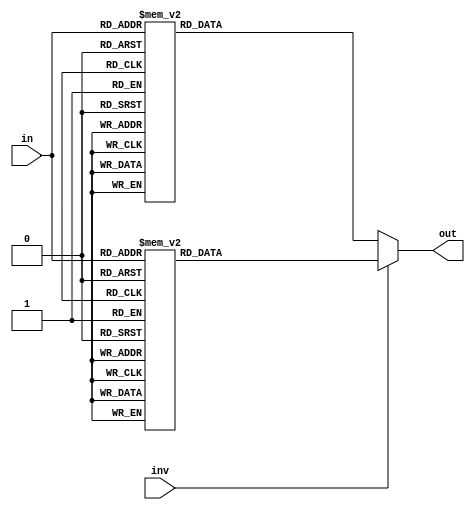

module aes_sbox(
input  wire [7:0] in    ,   // Input byte
input  wire       inv   ,   // Perform inverse (set) or forward lookup
output wire [7:0] out       // Output byte
);

reg  [7:0] out_fwd;
reg  [7:0] out_inv;

assign out = inv ? out_inv : out_fwd;

always @(*) begin
    case(in)
        0  : out_fwd = 8'h63;
        1  : out_fwd = 8'h7c;
        2  : out_fwd = 8'h77;
        3  : out_fwd = 8'h7b;
        4  : out_fwd = 8'hf2;
        5  : out_fwd = 8'h6b;
        6  : out_fwd = 8'h6f;
        7  : out_fwd = 8'hc5;
        8  : out_fwd = 8'h30;
        9  : out_fwd = 8'h01;
        10 : out_fwd = 8'h67;
        11 : out_fwd = 8'h2b;
        12 : out_fwd = 8'hfe;
        13 : out_fwd = 8'hd7;
        14 : out_fwd = 8'hab;
        15 : out_fwd = 8'h76;
        16 : out_fwd = 8'hca;
        17 : out_fwd = 8'h82;
        18 : out_fwd = 8'hc9;
        19 : out_fwd = 8'h7d;
        20 : out_fwd = 8'hfa;
        21 : out_fwd = 8'h59;
        22 : out_fwd = 8'h47;
        23 : out_fwd = 8'hf0;
        24 : out_fwd = 8'had;
        25 : out_fwd = 8'hd4;
        26 : out_fwd = 8'ha2;
        27 : out_fwd = 8'haf;
        28 : out_fwd = 8'h9c;
        29 : out_fwd = 8'ha4;
        30 : out_fwd = 8'h72;
        31 : out_fwd = 8'hc0;
        32 : out_fwd = 8'hb7;
        33 : out_fwd = 8'hfd;
        34 : out_fwd = 8'h93;
        35 : out_fwd = 8'h26;
        36 : out_fwd = 8'h36;
        37 : out_fwd = 8'h3f;
        38 : out_fwd = 8'hf7;
        39 : out_fwd = 8'hcc;
        40 : out_fwd = 8'h34;
        41 : out_fwd = 8'ha5;
        42 : out_fwd = 8'he5;
        43 : out_fwd = 8'hf1;
        44 : out_fwd = 8'h71;
        45 : out_fwd = 8'hd8;
        46 : out_fwd = 8'h31;
        47 : out_fwd = 8'h15;
        48 : out_fwd = 8'h04;
        49 : out_fwd = 8'hc7;
        50 : out_fwd = 8'h23;
        51 : out_fwd = 8'hc3;
        52 : out_fwd = 8'h18;
        53 : out_fwd = 8'h96;
        54 : out_fwd = 8'h05;
        55 : out_fwd = 8'h9a;
        56 : out_fwd = 8'h07;
        57 : out_fwd = 8'h12;
        58 : out_fwd = 8'h80;
        59 : out_fwd = 8'he2;
        60 : out_fwd = 8'heb;
        61 : out_fwd = 8'h27;
        62 : out_fwd = 8'hb2;
        63 : out_fwd = 8'h75;
        64 : out_fwd = 8'h09;
        65 : out_fwd = 8'h83;
        66 : out_fwd = 8'h2c;
        67 : out_fwd = 8'h1a;
        68 : out_fwd = 8'h1b;
        69 : out_fwd = 8'h6e;
        70 : out_fwd = 8'h5a;
        71 : out_fwd = 8'ha0;
        72 : out_fwd = 8'h52;
        73 : out_fwd = 8'h3b;
        74 : out_fwd = 8'hd6;
        75 : out_fwd = 8'hb3;
        76 : out_fwd = 8'h29;
        77 : out_fwd = 8'he3;
        78 : out_fwd = 8'h2f;
        79 : out_fwd = 8'h84;
        80 : out_fwd = 8'h53;
        81 : out_fwd = 8'hd1;
        82 : out_fwd = 8'h00;
        83 : out_fwd = 8'hed;
        84 : out_fwd = 8'h20;
        85 : out_fwd = 8'hfc;
        86 : out_fwd = 8'hb1;
        87 : out_fwd = 8'h5b;
        88 : out_fwd = 8'h6a;
        89 : out_fwd = 8'hcb;
        90 : out_fwd = 8'hbe;
        91 : out_fwd = 8'h39;
        92 : out_fwd = 8'h4a;
        93 : out_fwd = 8'h4c;
        94 : out_fwd = 8'h58;
        95 : out_fwd = 8'hcf;
        96 : out_fwd = 8'hd0;
        97 : out_fwd = 8'hef;
        98 : out_fwd = 8'haa;
        99 : out_fwd = 8'hfb;
        100: out_fwd = 8'h43;
        101: out_fwd = 8'h4d;
        102: out_fwd = 8'h33;
        103: out_fwd = 8'h85;
        104: out_fwd = 8'h45;
        105: out_fwd = 8'hf9;
        106: out_fwd = 8'h02;
        107: out_fwd = 8'h7f;
        108: out_fwd = 8'h50;
        109: out_fwd = 8'h3c;
        110: out_fwd = 8'h9f;
        111: out_fwd = 8'ha8;
        112: out_fwd = 8'h51;
        113: out_fwd = 8'ha3;
        114: out_fwd = 8'h40;
        115: out_fwd = 8'h8f;
        116: out_fwd = 8'h92;
        117: out_fwd = 8'h9d;
        118: out_fwd = 8'h38;
        119: out_fwd = 8'hf5;
        120: out_fwd = 8'hbc;
        121: out_fwd = 8'hb6;
        122: out_fwd = 8'hda;
        123: out_fwd = 8'h21;
        124: out_fwd = 8'h10;
        125: out_fwd = 8'hff;
        126: out_fwd = 8'hf3;
        127: out_fwd = 8'hd2;
        128: out_fwd = 8'hcd;
        129: out_fwd = 8'h0c;
        130: out_fwd = 8'h13;
        131: out_fwd = 8'hec;
        132: out_fwd = 8'h5f;
        133: out_fwd = 8'h97;
        134: out_fwd = 8'h44;
        135: out_fwd = 8'h17;
        136: out_fwd = 8'hc4;
        137: out_fwd = 8'ha7;
        138: out_fwd = 8'h7e;
        139: out_fwd = 8'h3d;
        140: out_fwd = 8'h64;
        141: out_fwd = 8'h5d;
        142: out_fwd = 8'h19;
        143: out_fwd = 8'h73;
        144: out_fwd = 8'h60;
        145: out_fwd = 8'h81;
        146: out_fwd = 8'h4f;
        147: out_fwd = 8'hdc;
        148: out_fwd = 8'h22;
        149: out_fwd = 8'h2a;
        150: out_fwd = 8'h90;
        151: out_fwd = 8'h88;
        152: out_fwd = 8'h46;
        153: out_fwd = 8'hee;
        154: out_fwd = 8'hb8;
        155: out_fwd = 8'h14;
        156: out_fwd = 8'hde;
        157: out_fwd = 8'h5e;
        158: out_fwd = 8'h0b;
        159: out_fwd = 8'hdb;
        160: out_fwd = 8'he0;
        161: out_fwd = 8'h32;
        162: out_fwd = 8'h3a;
        163: out_fwd = 8'h0a;
        164: out_fwd = 8'h49;
        165: out_fwd = 8'h06;
        166: out_fwd = 8'h24;
        167: out_fwd = 8'h5c;
        168: out_fwd = 8'hc2;
        169: out_fwd = 8'hd3;
        170: out_fwd = 8'hac;
        171: out_fwd = 8'h62;
        172: out_fwd = 8'h91;
        173: out_fwd = 8'h95;
        174: out_fwd = 8'he4;
        175: out_fwd = 8'h79;
        176: out_fwd = 8'he7;
        177: out_fwd = 8'hc8;
        178: out_fwd = 8'h37;
        179: out_fwd = 8'h6d;
        180: out_fwd = 8'h8d;
        181: out_fwd = 8'hd5;
        182: out_fwd = 8'h4e;
        183: out_fwd = 8'ha9;
        184: out_fwd = 8'h6c;
        185: out_fwd = 8'h56;
        186: out_fwd = 8'hf4;
        187: out_fwd = 8'hea;
        188: out_fwd = 8'h65;
        189: out_fwd = 8'h7a;
        190: out_fwd = 8'hae;
        191: out_fwd = 8'h08;
        192: out_fwd = 8'hba;
        193: out_fwd = 8'h78;
        194: out_fwd = 8'h25;
        195: out_fwd = 8'h2e;
        196: out_fwd = 8'h1c;
        197: out_fwd = 8'ha6;
        198: out_fwd = 8'hb4;
        199: out_fwd = 8'hc6;
        200: out_fwd = 8'he8;
        201: out_fwd = 8'hdd;
        202: out_fwd = 8'h74;
        203: out_fwd = 8'h1f;
        204: out_fwd = 8'h4b;
        205: out_fwd = 8'hbd;
        206: out_fwd = 8'h8b;
        207: out_fwd = 8'h8a;
        208: out_fwd = 8'h70;
        209: out_fwd = 8'h3e;
        210: out_fwd = 8'hb5;
        211: out_fwd = 8'h66;
        212: out_fwd = 8'h48;
        213: out_fwd = 8'h03;
        214: out_fwd = 8'hf6;
        215: out_fwd = 8'h0e;
        216: out_fwd = 8'h61;
        217: out_fwd = 8'h35;
        218: out_fwd = 8'h57;
        219: out_fwd = 8'hb9;
        220: out_fwd = 8'h86;
        221: out_fwd = 8'hc1;
        222: out_fwd = 8'h1d;
        223: out_fwd = 8'h9e;
        224: out_fwd = 8'he1;
        225: out_fwd = 8'hf8;
        226: out_fwd = 8'h98;
        227: out_fwd = 8'h11;
        228: out_fwd = 8'h69;
        229: out_fwd = 8'hd9;
        230: out_fwd = 8'h8e;
        231: out_fwd = 8'h94;
        232: out_fwd = 8'h9b;
        233: out_fwd = 8'h1e;
        234: out_fwd = 8'h87;
        235: out_fwd = 8'he9;
        236: out_fwd = 8'hce;
        237: out_fwd = 8'h55;
        238: out_fwd = 8'h28;
        239: out_fwd = 8'hdf;
        240: out_fwd = 8'h8c;
        241: out_fwd = 8'ha1;
        242: out_fwd = 8'h89;
        243: out_fwd = 8'h0d;
        244: out_fwd = 8'hbf;
        245: out_fwd = 8'he6;
        246: out_fwd = 8'h42;
        247: out_fwd = 8'h68;
        248: out_fwd = 8'h41;
        249: out_fwd = 8'h99;
        250: out_fwd = 8'h2d;
        251: out_fwd = 8'h0f;
        252: out_fwd = 8'hb0;
        253: out_fwd = 8'h54;
        254: out_fwd = 8'hbb;
        255: out_fwd = 8'h16;
    endcase
end


always @(*) begin
    case(in)
        0  : out_inv = 8'h52;
        1  : out_inv = 8'h09;
        2  : out_inv = 8'h6a;
        3  : out_inv = 8'hd5;
        4  : out_inv = 8'h30;
        5  : out_inv = 8'h36;
        6  : out_inv = 8'ha5;
        7  : out_inv = 8'h38;
        8  : out_inv = 8'hbf;
        9  : out_inv = 8'h40;
        10 : out_inv = 8'ha3;
        11 : out_inv = 8'h9e;
        12 : out_inv = 8'h81;
        13 : out_inv = 8'hf3;
        14 : out_inv = 8'hd7;
        15 : out_inv = 8'hfb;
        16 : out_inv = 8'h7c;
        17 : out_inv = 8'he3;
        18 : out_inv = 8'h39;
        19 : out_inv = 8'h82;
        20 : out_inv = 8'h9b;
        21 : out_inv = 8'h2f;
        22 : out_inv = 8'hff;
        23 : out_inv = 8'h87;
        24 : out_inv = 8'h34;
        25 : out_inv = 8'h8e;
        26 : out_inv = 8'h43;
        27 : out_inv = 8'h44;
        28 : out_inv = 8'hc4;
        29 : out_inv = 8'hde;
        30 : out_inv = 8'he9;
        31 : out_inv = 8'hcb;
        32 : out_inv = 8'h54;
        33 : out_inv = 8'h7b;
        34 : out_inv = 8'h94;
        35 : out_inv = 8'h32;
        36 : out_inv = 8'ha6;
        37 : out_inv = 8'hc2;
        38 : out_inv = 8'h23;
        39 : out_inv = 8'h3d;
        40 : out_inv = 8'hee;
        41 : out_inv = 8'h4c;
        42 : out_inv = 8'h95;
        43 : out_inv = 8'h0b;
        44 : out_inv = 8'h42;
        45 : out_inv = 8'hfa;
        46 : out_inv = 8'hc3;
        47 : out_inv = 8'h4e;
        48 : out_inv = 8'h08;
        49 : out_inv = 8'h2e;
        50 : out_inv = 8'ha1;
        51 : out_inv = 8'h66;
        52 : out_inv = 8'h28;
        53 : out_inv = 8'hd9;
        54 : out_inv = 8'h24;
        55 : out_inv = 8'hb2;
        56 : out_inv = 8'h76;
        57 : out_inv = 8'h5b;
        58 : out_inv = 8'ha2;
        59 : out_inv = 8'h49;
        60 : out_inv = 8'h6d;
        61 : out_inv = 8'h8b;
        62 : out_inv = 8'hd1;
        63 : out_inv = 8'h25;
        64 : out_inv = 8'h72;
        65 : out_inv = 8'hf8;
        66 : out_inv = 8'hf6;
        67 : out_inv = 8'h64;
        68 : out_inv = 8'h86;
        69 : out_inv = 8'h68;
        70 : out_inv = 8'h98;
        71 : out_inv = 8'h16;
        72 : out_inv = 8'hd4;
        73 : out_inv = 8'ha4;
        74 : out_inv = 8'h5c;
        75 : out_inv = 8'hcc;
        76 : out_inv = 8'h5d;
        77 : out_inv = 8'h65;
        78 : out_inv = 8'hb6;
        79 : out_inv = 8'h92;
        80 : out_inv = 8'h6c;
        81 : out_inv = 8'h70;
        82 : out_inv = 8'h48;
        83 : out_inv = 8'h50;
        84 : out_inv = 8'hfd;
        85 : out_inv = 8'hed;
        86 : out_inv = 8'hb9;
        87 : out_inv = 8'hda;
        88 : out_inv = 8'h5e;
        89 : out_inv = 8'h15;
        90 : out_inv = 8'h46;
        91 : out_inv = 8'h57;
        92 : out_inv = 8'ha7;
        93 : out_inv = 8'h8d;
        94 : out_inv = 8'h9d;
        95 : out_inv = 8'h84;
        96 : out_inv = 8'h90;
        97 : out_inv = 8'hd8;
        98 : out_inv = 8'hab;
        99 : out_inv = 8'h00;
        100: out_inv = 8'h8c;
        101: out_inv = 8'hbc;
        102: out_inv = 8'hd3;
        103: out_inv = 8'h0a;
        104: out_inv = 8'hf7;
        105: out_inv = 8'he4;
        106: out_inv = 8'h58;
        107: out_inv = 8'h05;
        108: out_inv = 8'hb8;
        109: out_inv = 8'hb3;
        110: out_inv = 8'h45;
        111: out_inv = 8'h06;
        112: out_inv = 8'hd0;
        113: out_inv = 8'h2c;
        114: out_inv = 8'h1e;
        115: out_inv = 8'h8f;
        116: out_inv = 8'hca;
        117: out_inv = 8'h3f;
        118: out_inv = 8'h0f;
        119: out_inv = 8'h02;
        120: out_inv = 8'hc1;
        121: out_inv = 8'haf;
        122: out_inv = 8'hbd;
        123: out_inv = 8'h03;
        124: out_inv = 8'h01;
        125: out_inv = 8'h13;
        126: out_inv = 8'h8a;
        127: out_inv = 8'h6b;
        128: out_inv = 8'h3a;
        129: out_inv = 8'h91;
        130: out_inv = 8'h11;
        131: out_inv = 8'h41;
        132: out_inv = 8'h4f;
        133: out_inv = 8'h67;
        134: out_inv = 8'hdc;
        135: out_inv = 8'hea;
        136: out_inv = 8'h97;
        137: out_inv = 8'hf2;
        138: out_inv = 8'hcf;
        139: out_inv = 8'hce;
        140: out_inv = 8'hf0;
        141: out_inv = 8'hb4;
        142: out_inv = 8'he6;
        143: out_inv = 8'h73;
        144: out_inv = 8'h96;
        145: out_inv = 8'hac;
        146: out_inv = 8'h74;
        147: out_inv = 8'h22;
        148: out_inv = 8'he7;
        149: out_inv = 8'had;
        150: out_inv = 8'h35;
        151: out_inv = 8'h85;
        152: out_inv = 8'he2;
        153: out_inv = 8'hf9;
        154: out_inv = 8'h37;
        155: out_inv = 8'he8;
        156: out_inv = 8'h1c;
        157: out_inv = 8'h75;
        158: out_inv = 8'hdf;
        159: out_inv = 8'h6e;
        160: out_inv = 8'h47;
        161: out_inv = 8'hf1;
        162: out_inv = 8'h1a;
        163: out_inv = 8'h71;
        164: out_inv = 8'h1d;
        165: out_inv = 8'h29;
        166: out_inv = 8'hc5;
        167: out_inv = 8'h89;
        168: out_inv = 8'h6f;
        169: out_inv = 8'hb7;
        170: out_inv = 8'h62;
        171: out_inv = 8'h0e;
        172: out_inv = 8'haa;
        173: out_inv = 8'h18;
        174: out_inv = 8'hbe;
        175: out_inv = 8'h1b;
        176: out_inv = 8'hfc;
        177: out_inv = 8'h56;
        178: out_inv = 8'h3e;
        179: out_inv = 8'h4b;
        180: out_inv = 8'hc6;
        181: out_inv = 8'hd2;
        182: out_inv = 8'h79;
        183: out_inv = 8'h20;
        184: out_inv = 8'h9a;
        185: out_inv = 8'hdb;
        186: out_inv = 8'hc0;
        187: out_inv = 8'hfe;
        188: out_inv = 8'h78;
        189: out_inv = 8'hcd;
        190: out_inv = 8'h5a;
        191: out_inv = 8'hf4;
        192: out_inv = 8'h1f;
        193: out_inv = 8'hdd;
        194: out_inv = 8'ha8;
        195: out_inv = 8'h33;
        196: out_inv = 8'h88;
        197: out_inv = 8'h07;
        198: out_inv = 8'hc7;
        199: out_inv = 8'h31;
        200: out_inv = 8'hb1;
        201: out_inv = 8'h12;
        202: out_inv = 8'h10;
        203: out_inv = 8'h59;
        204: out_inv = 8'h27;
        205: out_inv = 8'h80;
        206: out_inv = 8'hec;
        207: out_inv = 8'h5f;
        208: out_inv = 8'h60;
        209: out_inv = 8'h51;
        210: out_inv = 8'h7f;
        211: out_inv = 8'ha9;
        212: out_inv = 8'h19;
        213: out_inv = 8'hb5;
        214: out_inv = 8'h4a;
        215: out_inv = 8'h0d;
        216: out_inv = 8'h2d;
        217: out_inv = 8'he5;
        218: out_inv = 8'h7a;
        219: out_inv = 8'h9f;
        220: out_inv = 8'h93;
        221: out_inv = 8'hc9;
        222: out_inv = 8'h9c;
        223: out_inv = 8'hef;
        224: out_inv = 8'ha0;
        225: out_inv = 8'he0;
        226: out_inv = 8'h3b;
        227: out_inv = 8'h4d;
        228: out_inv = 8'hae;
        229: out_inv = 8'h2a;
        230: out_inv = 8'hf5;
        231: out_inv = 8'hb0;
        232: out_inv = 8'hc8;
        233: out_inv = 8'heb;
        234: out_inv = 8'hbb;
        235: out_inv = 8'h3c;
        236: out_inv = 8'h83;
        237: out_inv = 8'h53;
        238: out_inv = 8'h99;
        239: out_inv = 8'h61;
        240: out_inv = 8'h17;
        241: out_inv = 8'h2b;
        242: out_inv = 8'h04;
        243: out_inv = 8'h7e;
        244: out_inv = 8'hba;
        245: out_inv = 8'h77;
        246: out_inv = 8'hd6;
        247: out_inv = 8'h26;
        248: out_inv = 8'he1;
        249: out_inv = 8'h69;
        250: out_inv = 8'h14;
        251: out_inv = 8'h63;
        252: out_inv = 8'h55;
        253: out_inv = 8'h21;
        254: out_inv = 8'h0c;
        255: out_inv = 8'h7d;
    endcase
end

endmodule